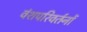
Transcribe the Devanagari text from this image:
वंशपरिवर्तनों